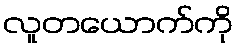
လူတယောက်ကို